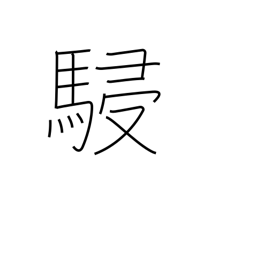
Meaning: horses running